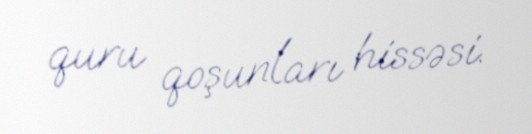
quru qoşunları hissəsi.